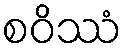
စဝိဿံ